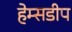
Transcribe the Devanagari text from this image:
हेम्सडीप